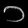
Digit: ၁